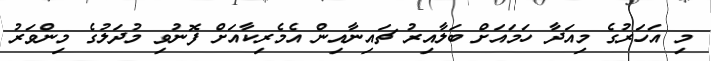
މި އަހަރުގެ މިއަދާ ހަމައަށް ބަލާއިރު ޗައިނާއިން އެމެރިކާއަށް ފޮނުވި މުދަލުގެ މިންވަރު